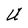
Character: U